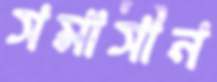
সমাসীন